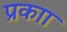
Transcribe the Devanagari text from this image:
प्रकाा